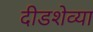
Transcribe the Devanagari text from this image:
दीडशेव्या